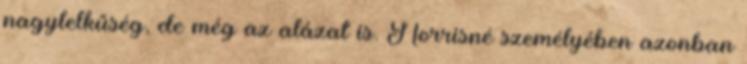
nagylelkűség, de még az alázat is. Norrisné személyében azonban